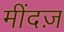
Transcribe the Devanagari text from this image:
मींदज़